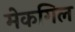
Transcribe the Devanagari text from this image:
मेकगिल